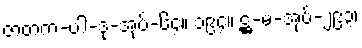
ဇာတက-ပါ-ဒု-အုပ်-၆၄။ ၁၉၄။ ဋ္ဌ-မ-အုပ်-၂၉၃၊